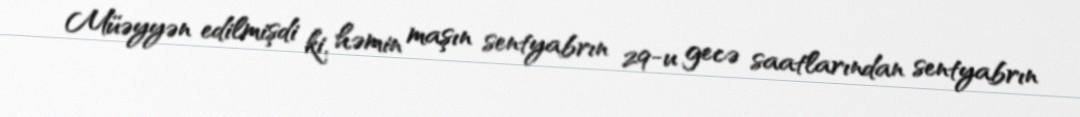
Müəyyən edilmişdi ki, həmin maşın sentyabrın 29-u gecə saatlarından sentyabrın